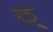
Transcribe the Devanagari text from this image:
ठ्‌